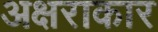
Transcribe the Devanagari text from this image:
अक्षराकार